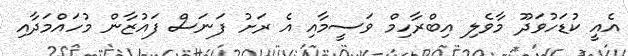
އެއީ ކުޑަހުވަދޫ މާވެލި އިބްރާހިމް ވަސީމާއި އެ ރަށު ފަނަސް ފައުޒާން މުހައްމަދާއި